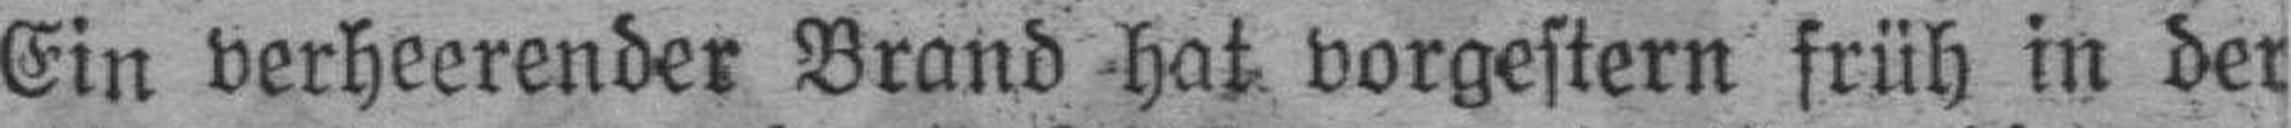
Ein verheerender Brand hat vorgestern früh in der